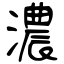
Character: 濃